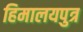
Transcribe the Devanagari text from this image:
हिमालयपुत्र